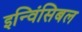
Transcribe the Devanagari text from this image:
इन्विंसिबल